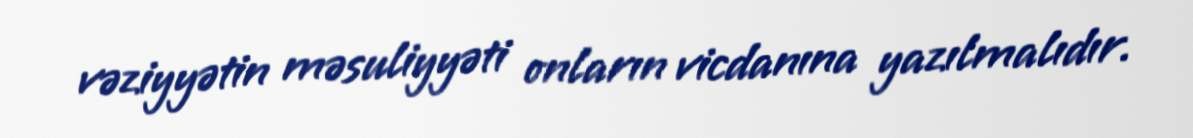
vəziyyətin məsuliyyəti onların vicdanına yazılmalıdır.